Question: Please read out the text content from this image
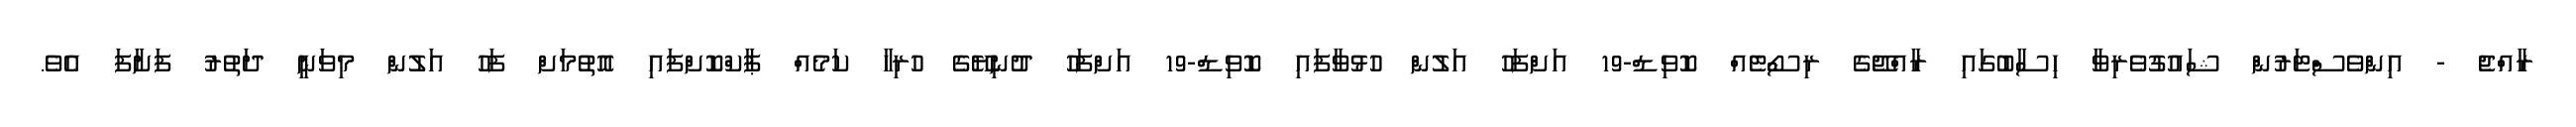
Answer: ރާއްޖެ - އިންވެސްޓަރުން ޝައުގުވެރިވާ ހިސާބުގައި ރާއްޖޭގެ ރިސޯޓެއް ކޮވިޑް-19 އަށްފަހު އަލުން ހުޅުވާފައި ކޮވިޑް-19 އަށްފަހު ދުނިޔޭގެ ހުރިހާ ކަމެއް ޕާކްކޮށްފައި އޮތުމަށް ފަހު އަލުން މިވަނީ ދަތުރު ފަށާފަ އެވެ.